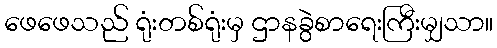
ဖေဖေသည် ရုံးတစ်ရုံးမှ ဌာနခွဲစာရေးကြီးမျှသာ။